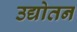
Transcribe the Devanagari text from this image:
उद्योतन